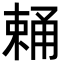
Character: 𣗧